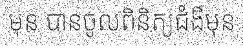
មុន បានចូលពិនិត្យជំងឺមុន